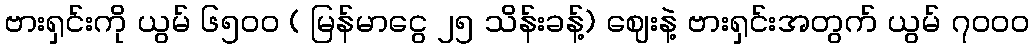
ဗားရှင်းကို ယွမ် ၆၅၀၀ ( မြန်မာငွေ ၂၅ သိန်းခန့်) ဈေးနဲ့ ဗားရှင်းအတွက် ယွမ် ၇၀၀၀